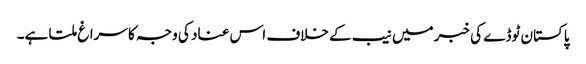
پاکستان ٹوڈے کی خبر میں نیب کے خلاف اس عناد کی وجہ کا سراغ ملتا ہے۔